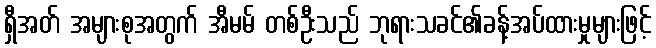
ရှီအတ် အများစုအတွက် အီမမ် တစ်ဦးသည် ဘုရားသခင်၏ခန့်အပ်ထားမှုများဖြင့်